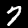
Label: 7